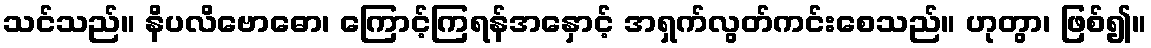
သင်သည်။ နိပလိဗောဓော၊ ကြောင့်ကြရန်အနှောင့် အရှက်လွတ်ကင်းစေသည်။ ဟုတွာ၊ ဖြစ်၍။